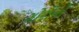
ગોરીનો